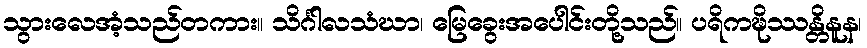
သွားလေအံ့သည်တကား။ သိင်္ဂါလသံဃာ၊ မြေခွေးအပေါင်းတို့သည်။ ပရိကဍ္ဎိဿန္တိနူန၊